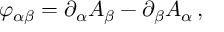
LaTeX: \varphi _ { \alpha \beta } = \partial _ { \alpha } A _ { \beta } - \partial _ { \beta } A _ { \alpha } \, ,